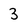
Character: 3